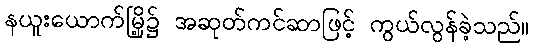
နယူးယောက်မြို့၌ အဆုတ်ကင်ဆာဖြင့် ကွယ်လွန်ခဲ့သည်။